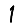
Digit: 1